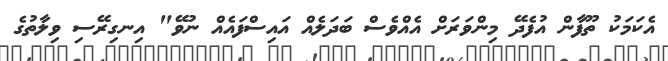
އެކަމަކު ތޫފާން އުފެދޭ މިންވަރަށް އެއްވެސް ބަދަލެއް އައިސްފައެއް ނުވޭ" އިނގިރޭސި ވިލާތުގެ